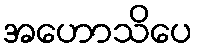
အဟောသိပေ